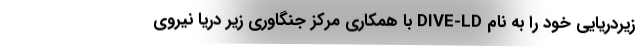
زیردریایی خود را به نام DIVE-LD با همکاری مرکز جنگاوری زیر دریا نیروی